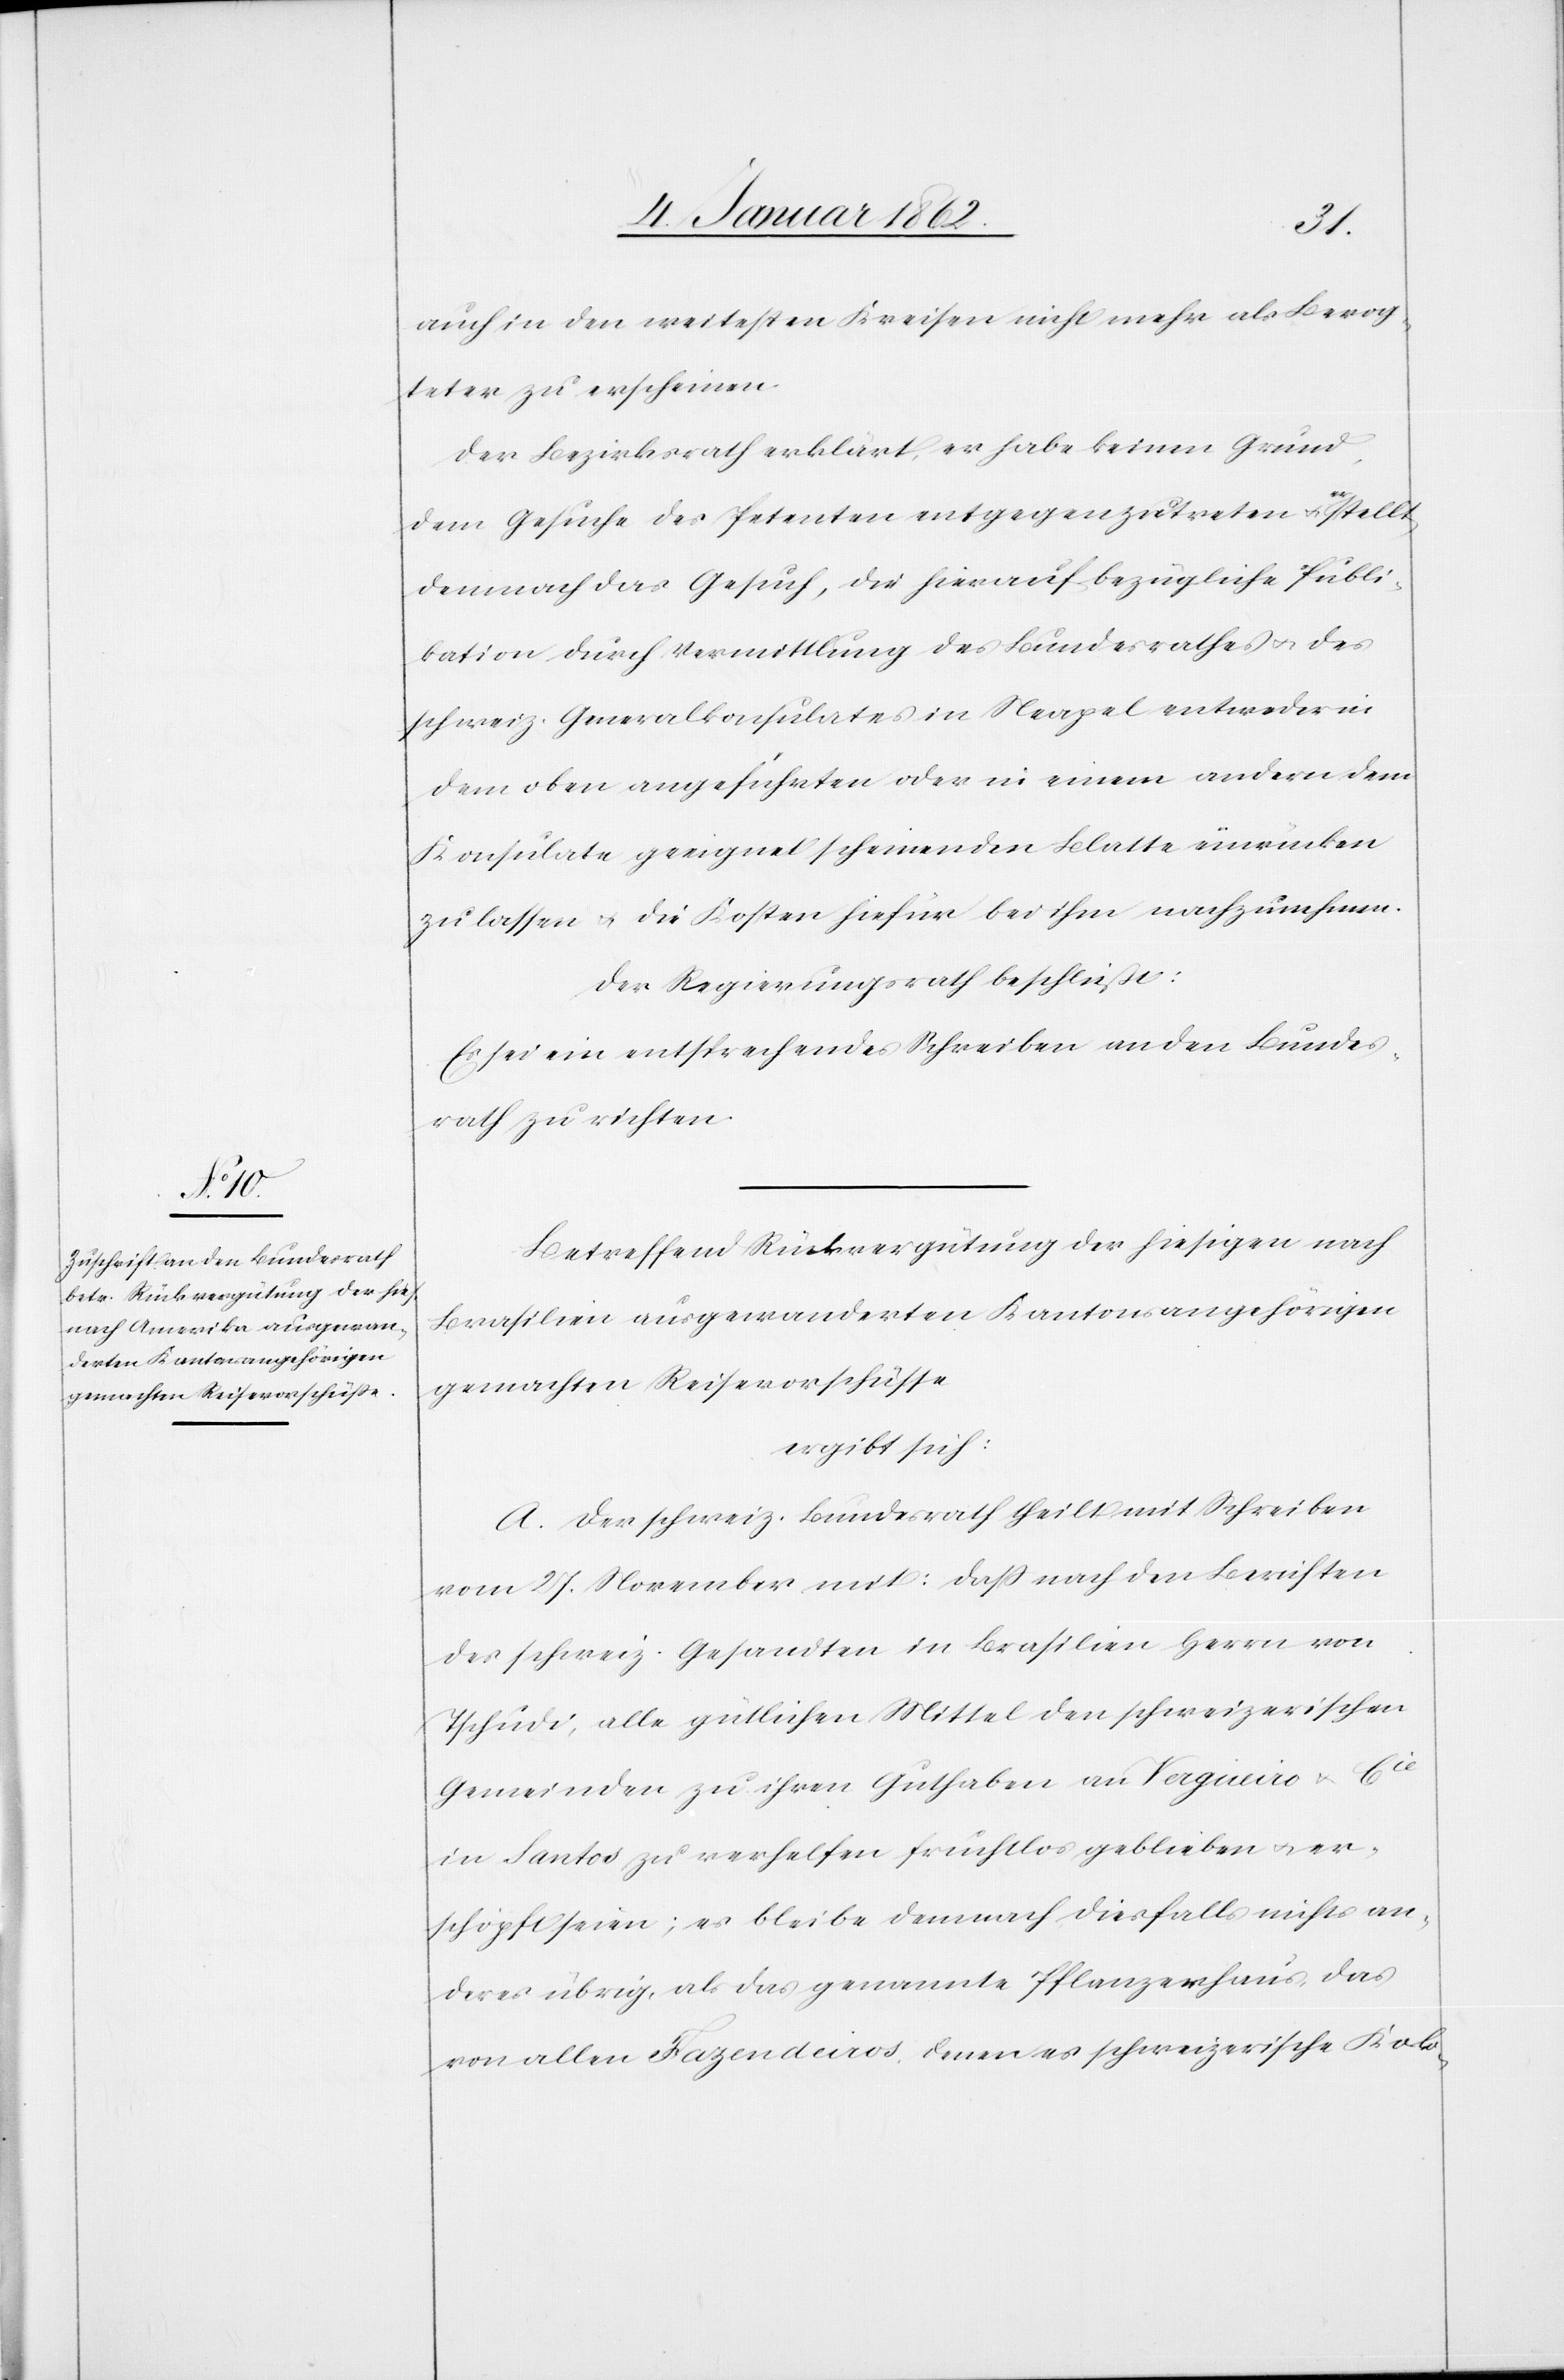
auch in den weitesten Kreisen nicht mehr als Bevog¬
teter zu erscheinen.
Der Bezirksrath erklärt, er habe keinen Grund,
dem Gesuche des Petenten entgegenzutreten u. er stellt
demnach das Gesuch, die hierauf bezügliche Publi¬
kation durch Vermittlung des Bundesrathes u. des
schweiz. Generalkonsulates in Neapel entweder in
dem oben angeführten oder in einem andern dem
Konsulate geeignet scheinenden Blatte einrücken
zu lassen u. die Kosten hiefür bei ihm nachzunehmen.
Der Regierungsrath beschließt:
Es sei ein entsprechendes Schreiben an den Bundes¬
rath zu richten.
Betreffend Rückvergütung der hiesigen nach
Brasilien ausgewanderten Kantonsangehörigen
gemachten Reisevorschüsse
ergibt sich:
A. Der schweiz. Bundesrath theilt mit Schreiben
vom 27. November mit: daß nach den Berichten
des schweiz. Gesandten in Brasilien Herrn von
Tschudi, alle gütlichen Mittel den schweizerischen
Gemeinden zu ihren Guthaben an Vergueiro u. Cie
in Santos zu verhelfen fruchtlos geblieben und er¬
schöpft seien, es bleibe demnach diesfalls nicht an¬
deres übrig, als das genannte Pflanzerhaus, das
von allen Fazendeiros, denen es schweizerische Kol¬
o-